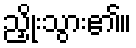
ညှိုးသွား၏။